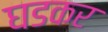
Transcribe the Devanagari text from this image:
घडकर